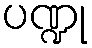
ပဏ္ဍု